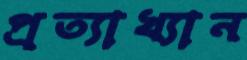
প্রত্যাখ্যান